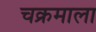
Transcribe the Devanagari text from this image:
चक्रमाला